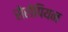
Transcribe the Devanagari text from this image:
सेरोपियन